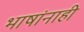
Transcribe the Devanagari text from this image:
भाषांनाही